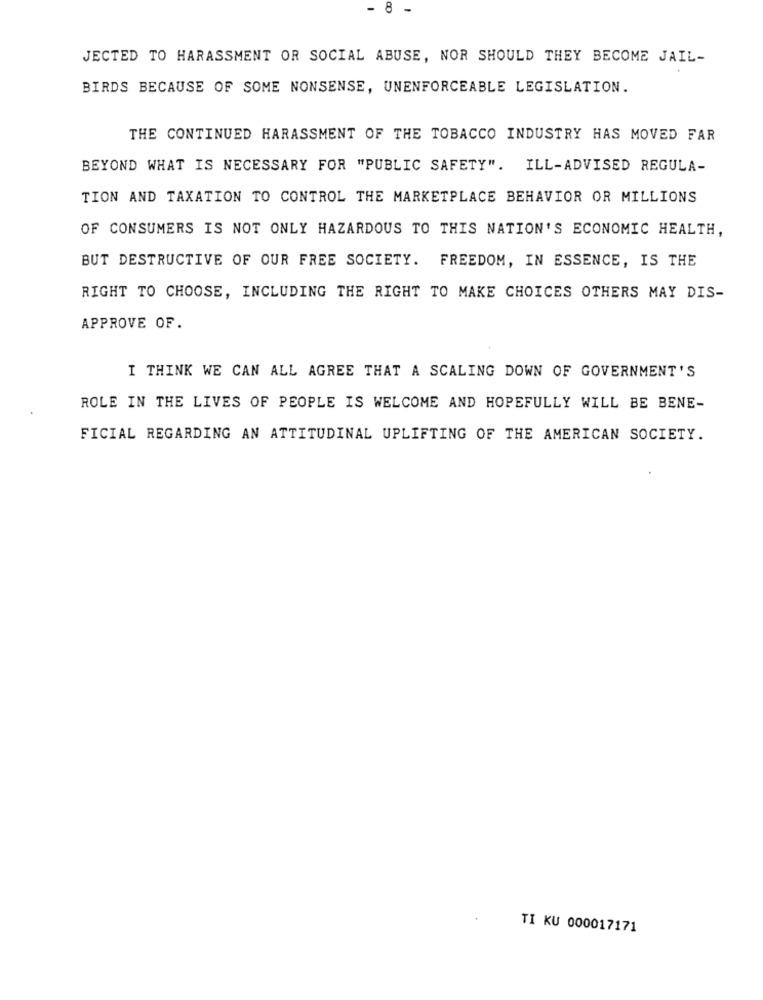
- 8 -
JECTED TO HARASSMENT OR SOCIAL ABUSE, NOR SHOULD THEY BECOME JAIL-
BIRDS BECAUSE OF SOME NONSENSE, UNENFORCEABLE LEGISLATION.
THE CONTINUED HARASSMENT OF THE TOBACCO INDUSTRY HAS MOVED FAR
BEYOND WHAT IS NECESSARY FOR "PUBLIC SAFETY". ILL-ADVISED REGULA-
TION AND TAXATION TO CONTROL THE MARKETPLACE BEHAVIOR OR MILLIONS
OF CONSUMERS IS NOT ONLY HAZARDOUS TO THIS NATION'S ECONOMIC HEALTH,
BUT DESTRUCTIVE OF OUR FREE SOCIETY. FREEDOM, IN ESSENCE, IS THE
RIGHT TO CHOOSE, INCLUDING THE RIGHT TO MAKE CHOICES OTHERS MAY DIS-
APPROVE OF.
I THINK WE CAN ALL AGREE THAT A SCALING DOWN OF GOVERNMENT'S
ROLE IN THE LIVES OF PEOPLE IS WELCOME AND HOPEFULLY WILL BE BENE-
FICIAL REGARDING AN ATTITUDINAL UPLIFTING OF THE AMERICAN SOCIETY.
TI KU 000017171